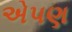
એપણ